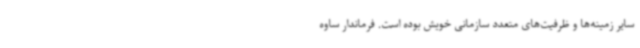
سایر زمینه‌ها و ظرفیت‌های متعدد سازمانی خویش بوده است. فرماندار ساوه